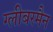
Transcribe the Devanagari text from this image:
ग्लीबरमैन